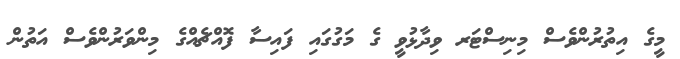
މީގެ އިތުރުންވެސް މިނިސްޓަރ ވިދާޅުވީ ގެ މަގުގައި ފައިސާ ފޮއްޗެއްގެ މިންވަރުންވެސް އަތުން